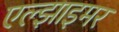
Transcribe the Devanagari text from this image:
एल्झाइमर